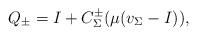
LaTeX: \begin{gather*}Q_\pm = I + C_\Sigma^\pm (\mu (v_\Sigma - I)),\end{gather*}